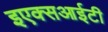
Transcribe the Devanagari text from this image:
इएक्सआईटी